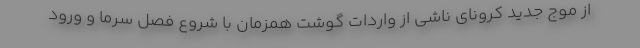
از موج جدید کرونای ناشی از واردات گوشت همزمان با شروع فصل سرما و ورود